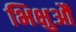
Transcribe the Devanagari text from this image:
भिक्षुऔं